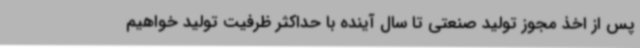
پس از اخذ مجوز تولید صنعتی تا سال آینده با حداکثر ظرفیت تولید خواهیم